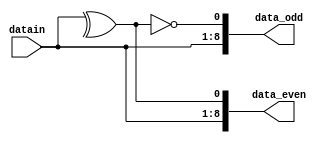
module even_odd_check_sar (
    datain, data_even, data_odd
);
    output [8:0] data_even, data_odd;
    input [7:0] datain;
    wire even, odd;
    assign even = ^datain;
    assign odd = ~even;
    assign data_even = {datain, even};
    assign data_odd = {datain, odd};
endmodule